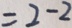
= 2 - 2